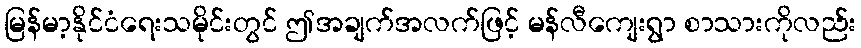
မြန်မာ့နိုင်ငံရေးသမိုင်းတွင် ဤအချက်အလက်ဖြင့် မန်လီကျေးရွာ စာသားကိုလည်း